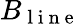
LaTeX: B_{\mathrm{~l~i~n~e~}}